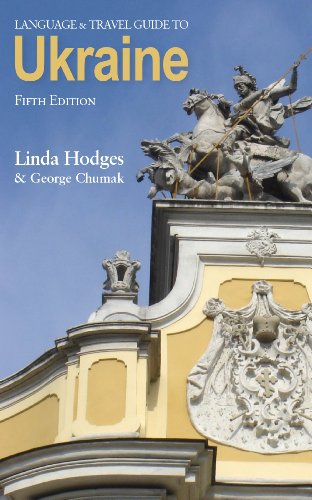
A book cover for Language and Travel Guide to Ukraine; Linda Hodges; Travel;